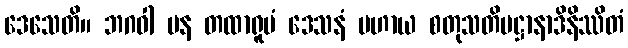
ဒေသေတိ။ ဘဂဝါ ပန တထာရူပံ ဒေသနံ ပဟာယ စတုသတိပဋ္ဌာနာဒိနိဿိတံ